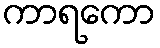
ကာရကော